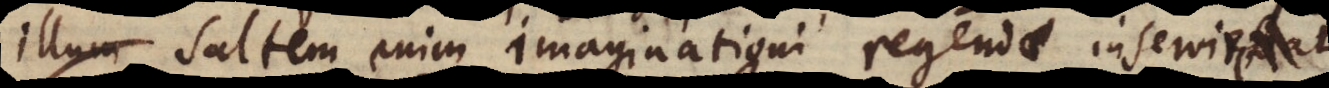
illum, saltem enim imaginationi regendae inserviebat